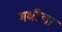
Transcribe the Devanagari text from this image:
मधीला